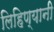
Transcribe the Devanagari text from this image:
लिहिण्यानी